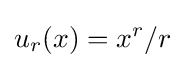
u_{r}(x)=x^{r}/r